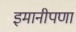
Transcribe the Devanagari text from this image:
इमानीपणा